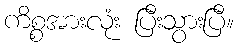
ကိစ္စအားလုံး ပြီးသွားပြီ။